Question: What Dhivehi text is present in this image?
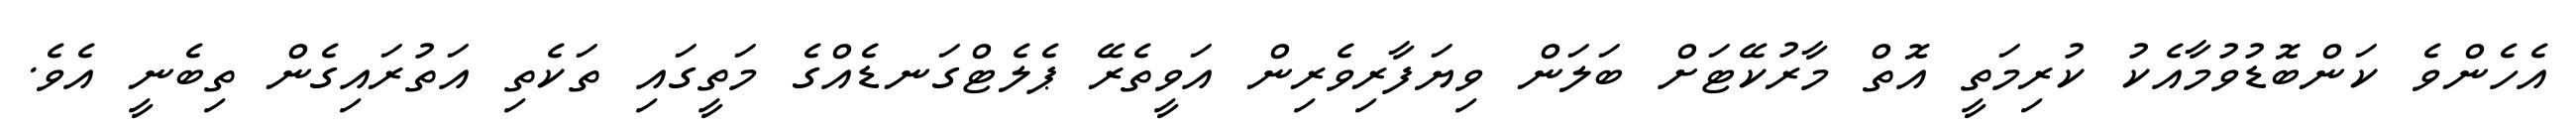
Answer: އެހެންވެ ކަންބޮޑުވުމާއެކު ކުރިމަތީ އޮތް މާރުކޭޓަށް ބަލަން ވިޔަފާރިވެރިން އަވީތެރޭ ޕެލެޓްގަނޑެއްގެ މަތީގައި ތަކެތި އަތުރައިގެން ތިބެނީ އެވެ.